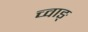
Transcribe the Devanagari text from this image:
च्वाङ्